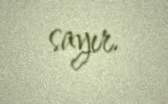
sayır.